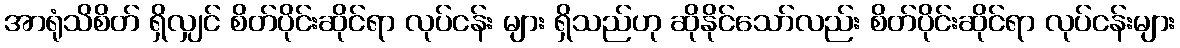
အာရုံသိစိတ် ရှိလျှင် စိတ်ပိုင်းဆိုင်ရာ လုပ်ငန်း များ ရှိသည်ဟု ဆိုနိုင်သော်လည်း စိတ်ပိုင်းဆိုင်ရာ လုပ်ငန်းများ